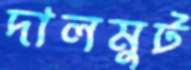
দালমুট